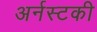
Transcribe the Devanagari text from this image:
अर्नस्टकी